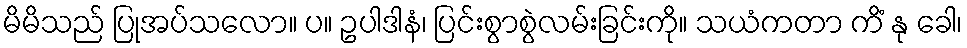
မိမိသည် ပြုအပ်သလော။ ပ။ ဥပါဒါနံ၊ ပြင်းစွာစွဲလမ်းခြင်းကို။ သယံကတာ ကိံ နု ခေါ၊